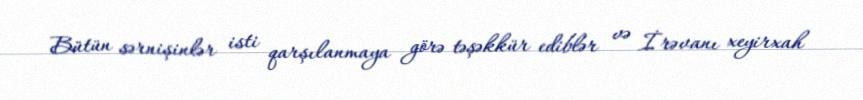
Bütün sərnişinlər isti qarşılanmaya görə təşəkkür ediblər və İrəvanı xeyirxah